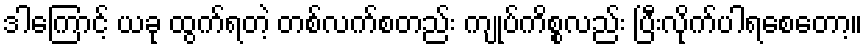
ဒါကြောင့် ယခု ထွက်ရတဲ့ တစ်လက်စတည်း ကျုပ်ကိစ္စလည်း ပြီးလိုက်ပါရစေတော့။